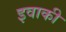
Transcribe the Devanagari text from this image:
इवाकी